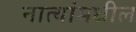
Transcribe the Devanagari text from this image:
नात्यांमधील